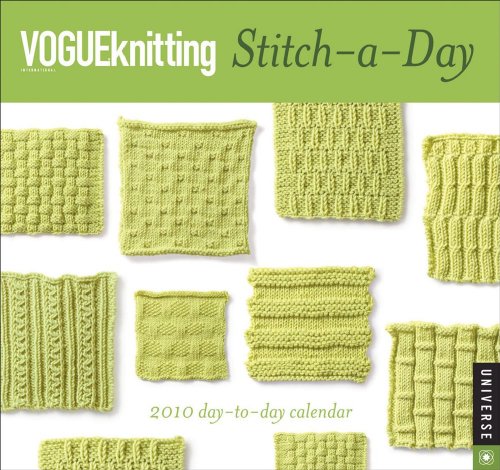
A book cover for Vogue Knitting Stitch-a-Day: 2010 Calendar; Universe Publishing; Calendars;